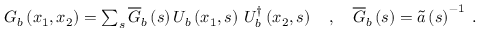
\begin{array} { r } { G _ { b } \left( x _ { 1 } , x _ { 2 } \right) = \sum _ { s } \overline { { G } } _ { b } \left( s \right) U _ { b } \left( x _ { 1 } , s \right) \, U _ { b } ^ { \dag } \left( x _ { 2 } , s \right) \quad , \quad \overline { { G } } _ { b } \left( s \right) = \widetilde { a } \left( s \right) ^ { - 1 } \; . } \end{array}